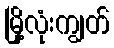
မြို့လုံးကျွတ်